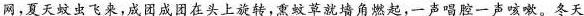
网,夏天蚊虫飞来,成团成团在头上旋转,熏蚊草就墙角燃起,一声唱腔一声咳嗽。冬天